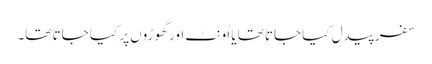
سفر پیدل کیا جاتا تھا یا اُونٹ اور گھوڑوں پر کیا جاتا تھا۔